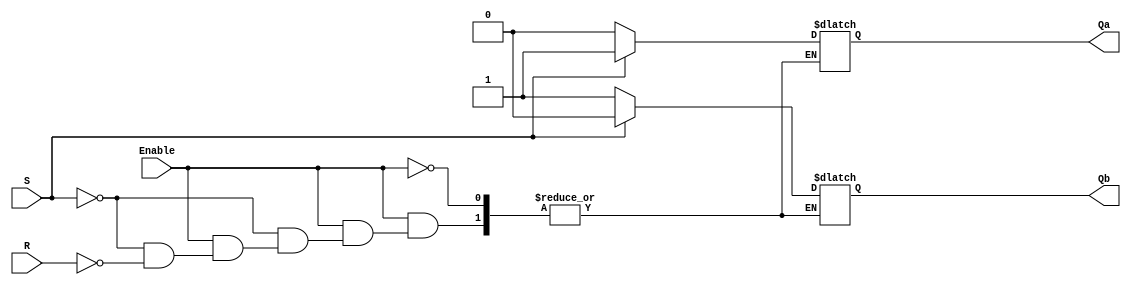
module latchSRasync
(
    S,
    R,
    Enable,
    Qa,
    Qb
);

    input S;
    input R;
    input Enable;
    output reg Qa;
    output reg Qb;

    always @ * begin
        if (Enable == 1) begin
            if (S == 1) begin
                Qa = 1;
                Qb = 0;
            end
            else if (R == 1) begin
                Qa = 0;
                Qb = 1;
            end
            else begin
                Qa = Qa;
                Qb = Qb;
            end
        end
        else begin
            Qa = Qa;
            Qb = Qb;
        end
    end

endmodule